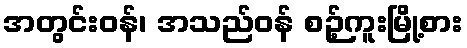
အတွင်းဝန်၊ အသည်ဝန် စဉ့်ကူးမြို့စား